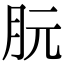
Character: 朊